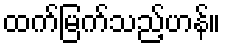
ထက်မြက်သည့်ဟန်။